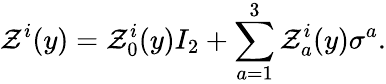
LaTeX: \mathcal{Z}^{i}(y)=\mathcal{Z}_{0}^{i}(y)I_{2}+\sum_{a=1}^{3}\mathcal{Z}_{a}^{i}(y)\sigma^{a}.